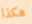
هكذا